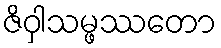
ဇိဝှါသမ္ဖဿတော